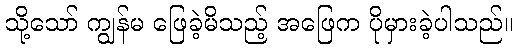
သို့သော် ကျွန်မ ဖြေခဲ့မိသည့် အဖြေက ပိုမှားခဲ့ပါသည်။